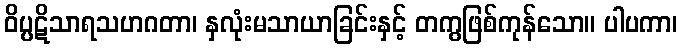
ဝိပ္ပဋိသာရသဟဂတာ၊ နှလုံးမသာယာခြင်းနှင့် တကွဖြစ်ကုန်သော။ ပါပကာ၊